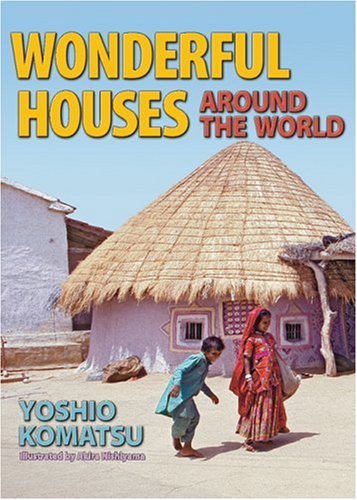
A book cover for Wonderful Houses Around the World; Yoshio Komatsu; Arts & Photography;